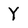
Character: Y